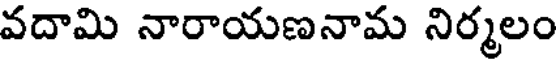
వదామి నారాయణనామ నిర్మలం